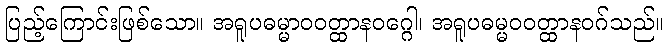
ပြည့်ကြောင်းဖြစ်သော။ အရူပဓမ္မာဝဝတ္ထာနဝဂ္ဂေါ၊ အရူပဓမ္မဝဝတ္ထာနဝဂ်သည်။